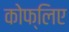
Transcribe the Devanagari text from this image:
कोफ्लिए